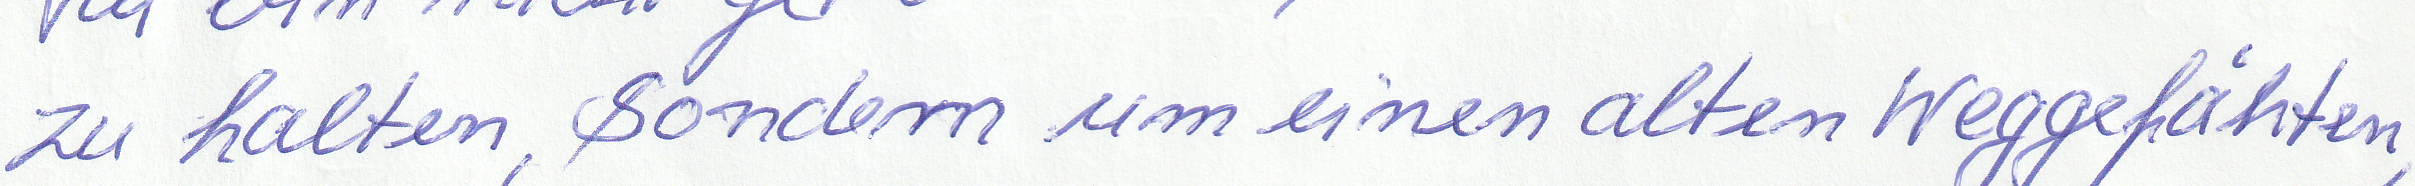
zu halten, sondern um einen alten Weggefährten